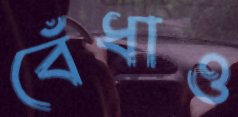
বেঁধাও